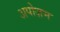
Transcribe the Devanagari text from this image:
अपोज़म